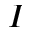
I